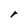
Character: r